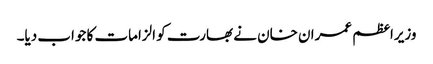
وزیراعظم عمران خان نے بھارت کو الزامات کا جواب دیا۔